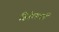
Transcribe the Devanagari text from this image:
हिडेलबर्ग